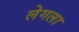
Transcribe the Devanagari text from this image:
लेगला